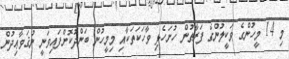
މި 14 މީހުންގެ ވަކީލުންގެ ފަރާތުން ހުށަހެޅި ވާހަކަތަކާއި މިމީހުން ބަންދުކޮށްފައިވަނީ ނުޤަވާޢިދުން